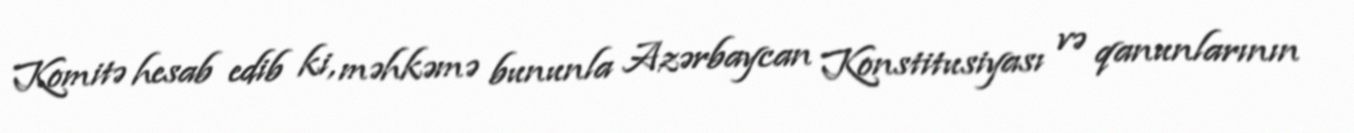
Komitə hesab edib ki, məhkəmə bununla Azərbaycan Konstitusiyası və qanunlarının